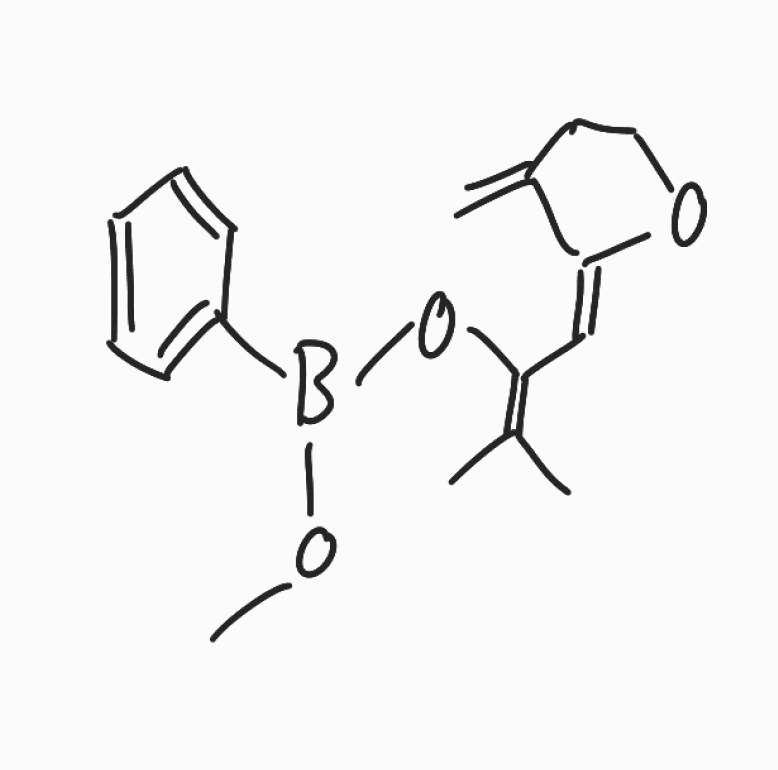
Simplified molecular-input line-entry system (SMILES) notation of the given molecule:
B(C1=CC=CC=C1)(OC)OC(=C(C)C)/C=C/2\C(=C)CCO2